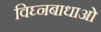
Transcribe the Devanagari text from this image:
विघ्नबाधाओं